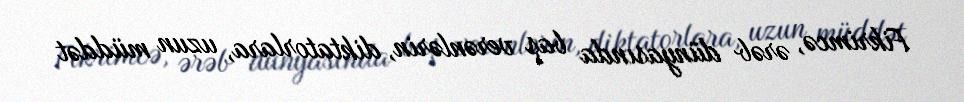
Fikrimcə, ərəb dünyasında baş verənlərin, diktatorlara, uzun müddət